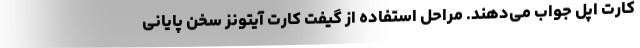
کارت اپل جواب می‌دهند. مراحل استفاده از گیفت کارت آیتونز سخن پایانی